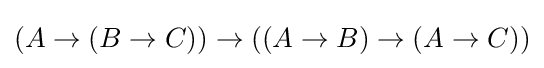
(A\to (B\to C))\to ((A\to B)\to (A\to C))